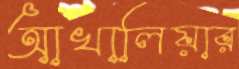
আখালিয়ার